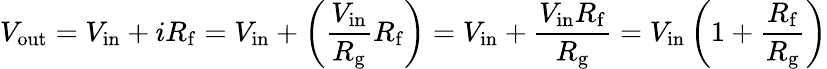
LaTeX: V_{\mathrm{out}}=V_{\mathrm{in}}+iR_{\mathrm{f}}=V_{\mathrm{in}}+\left({\frac{V_{\mathrm{in}}}{R_{\mathrm{g}}}}R_{\mathrm{f}}\right)=V_{\mathrm{in}}+{\frac{V_{\mathrm{in}}R_{\mathrm{f}}}{R_{\mathrm{g}}}}=V_{\mathrm{in}}\left(1+{\frac{R_{\mathrm{f}}}{R_{\mathrm{g}}}}\right)